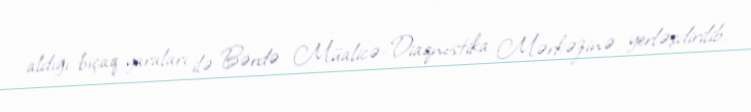
aldığı bıçaq yaraları ilə Bərdə Müalicə-Diaqnostika Mərkəzinə yerləşdirilib.